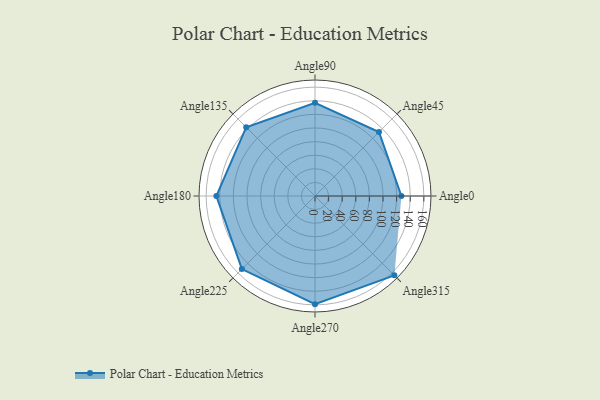
{"axis": {"x": "Angle", "y": "Radius"}, "legend": [""], "data": [{"x": "Angle0", "y": 127.0, "type": ""}, {"x": "Angle45", "y": 133.0, "type": ""}, {"x": "Angle90", "y": 137.0, "type": ""}, {"x": "Angle135", "y": 143.0, "type": ""}, {"x": "Angle180", "y": 145.0, "type": ""}, {"x": "Angle225", "y": 152.0, "type": ""}, {"x": "Angle270", "y": 159.0, "type": ""}, {"x": "Angle315", "y": 165.0, "type": ""}]}